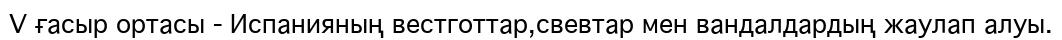
V ғасыр ортасы - Испанияның вестготтар,свевтар мен вандалдардың жаулап алуы.